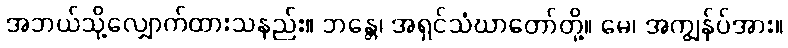
အဘယ်သို့လျှောက်ထားသနည်း။ ဘန္တေ၊ အရှင်သံဃာတော်တို့။ မေ၊ အကျွန်ုပ်အား။